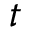
t